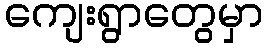
ကျေးရွာတွေမှာ